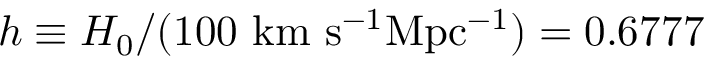
h \equiv H _ { 0 } / ( 1 0 0 ~ \mathrm { k m ~ s ^ { - 1 } M p c ^ { - 1 } } ) = 0 . 6 7 7 7